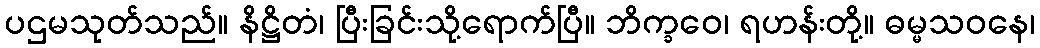
ပဌမသုတ်သည်။ နိဋ္ဌိတံ၊ ပြီးခြင်းသို့ရောက်ပြီ။ ဘိက္ခဝေ၊ ရဟန်းတို့။ ဓမ္မသဝနေ၊